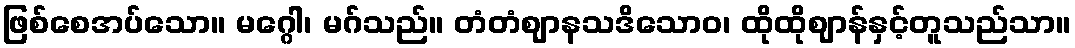
ဖြစ်စေအပ်သော။ မဂ္ဂေါ၊ မဂ်သည်။ တံတံဈာနသဒိသောဝ၊ ထိုထိုဈာန်နှင့်တူသည်သာ။